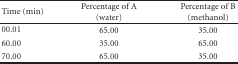
| Time (min) | Percentage of A (water) | Percentage of B (methanol) |
 | --- | --- | --- |
 | 00.01 | 65.00 | 35.00 |
 | 60.00 | 35.00 | 65.00 |
 | 70.00 | 65.00 | 35.00 |